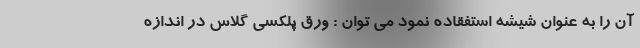
آن را به عنوان شیشه استفقاده نمود می توان : ورق پلکسی گلاس در اندازه